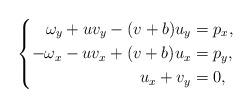
LaTeX: \begin{align*}\left\{\begin{aligned}\omega_{y}+uv_{y}-(v+b)u_{y}&=p_{x},\\-\omega_{x}-uv_{x}+(v+b)u_{x}&=p_{y},\\u_{x}+v_{y}&=0,\end{aligned}\right.\end{align*}